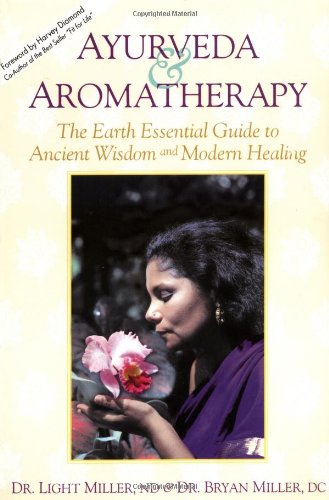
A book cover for Ayurveda & Aromatherapy: The Earth Essential Guide to Ancient Wisdom and Modern Healing; Dr. Light Miller; Health, Fitness & Dieting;